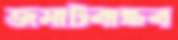
জমাটবান্ধব